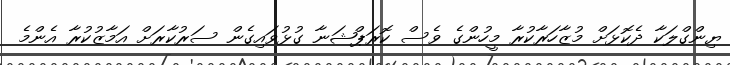
ޔިންގްލަކާ ދެކޮޅަށް މުޒާހަރާކުރާ މީހުންގެ ވެސް ކޮރަޕްޝަނާ ގުޅުވައިގެން ސަރުކާރަށް އަމާޒުކުރާ އެންމެ